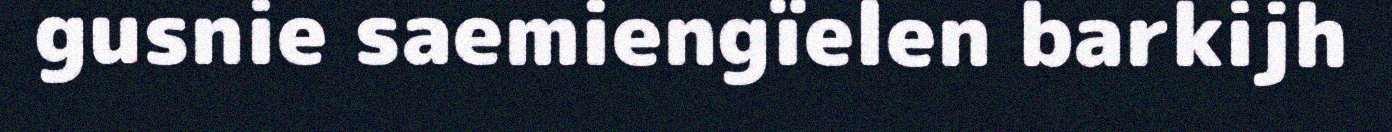
gusnie saemiengïelen barkijh